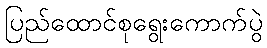
ပြည်ထောင်စုရွေးကောက်ပွဲ